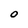
Character: O